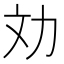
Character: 𠠼